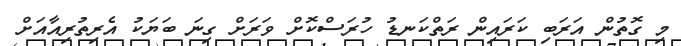
މި ގޮތުން އަރަބި ކަރައިން ރަތްކަނޑު ހުރަސްކޮށް ވަރަށް ގިނަ ބަޔަކު އެރިތުރިއާއަށް